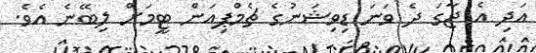
އަދި އެ ޖާގަ ދެ ވަނަ ޑިވިޝަނުގެ ޗެމްޕިއަން ޓީމަށް ލިބޭނެ އެވެ.